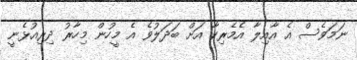
ނަމަވެސް އެ އާއިލާ އެމެރިކާ އަށް ބަދަލުވެ އެ މީހުން މިހާރު ދިރިއުޅެނީ